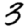
Digit: 3